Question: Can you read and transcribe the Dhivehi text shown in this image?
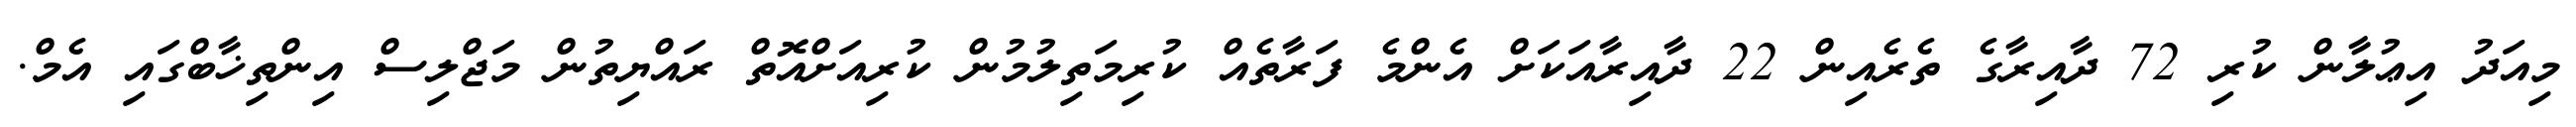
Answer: މިއަދު އިޢުލާން ކުރި 72 ދާއިރާގެ ތެރެއިން 22 ދާއިރާއަކަށް އެންމެ ފަރާތެއް ކުރިމަތިލުމުން ކުރިއަށްއޮތް ރައްޔިތުން މަޖްލިސް އިންތިޚާބްގައި އެމް.